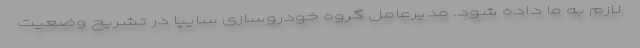
لازم به ما داده شود. مدیرعامل گروه خودروسازی سایپا در تشریح وضعیت